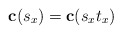
\begin{align*}\bold{c}(s_{x}) = \bold{c}( s_{x} t_{x})\end{align*}